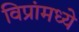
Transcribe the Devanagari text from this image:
विप्रांमध्ये